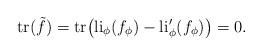
LaTeX: \begin{align*} \mathrm{tr}(\tilde{f})=\mathrm{tr}\big(\mathrm{li}_{\phi}(f_{\phi})-\mathrm{li}'_{\phi}(f_{\phi})\big)=0. \end{align*}